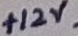
Text: +12V